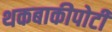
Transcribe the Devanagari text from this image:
थकबाकीपोटी